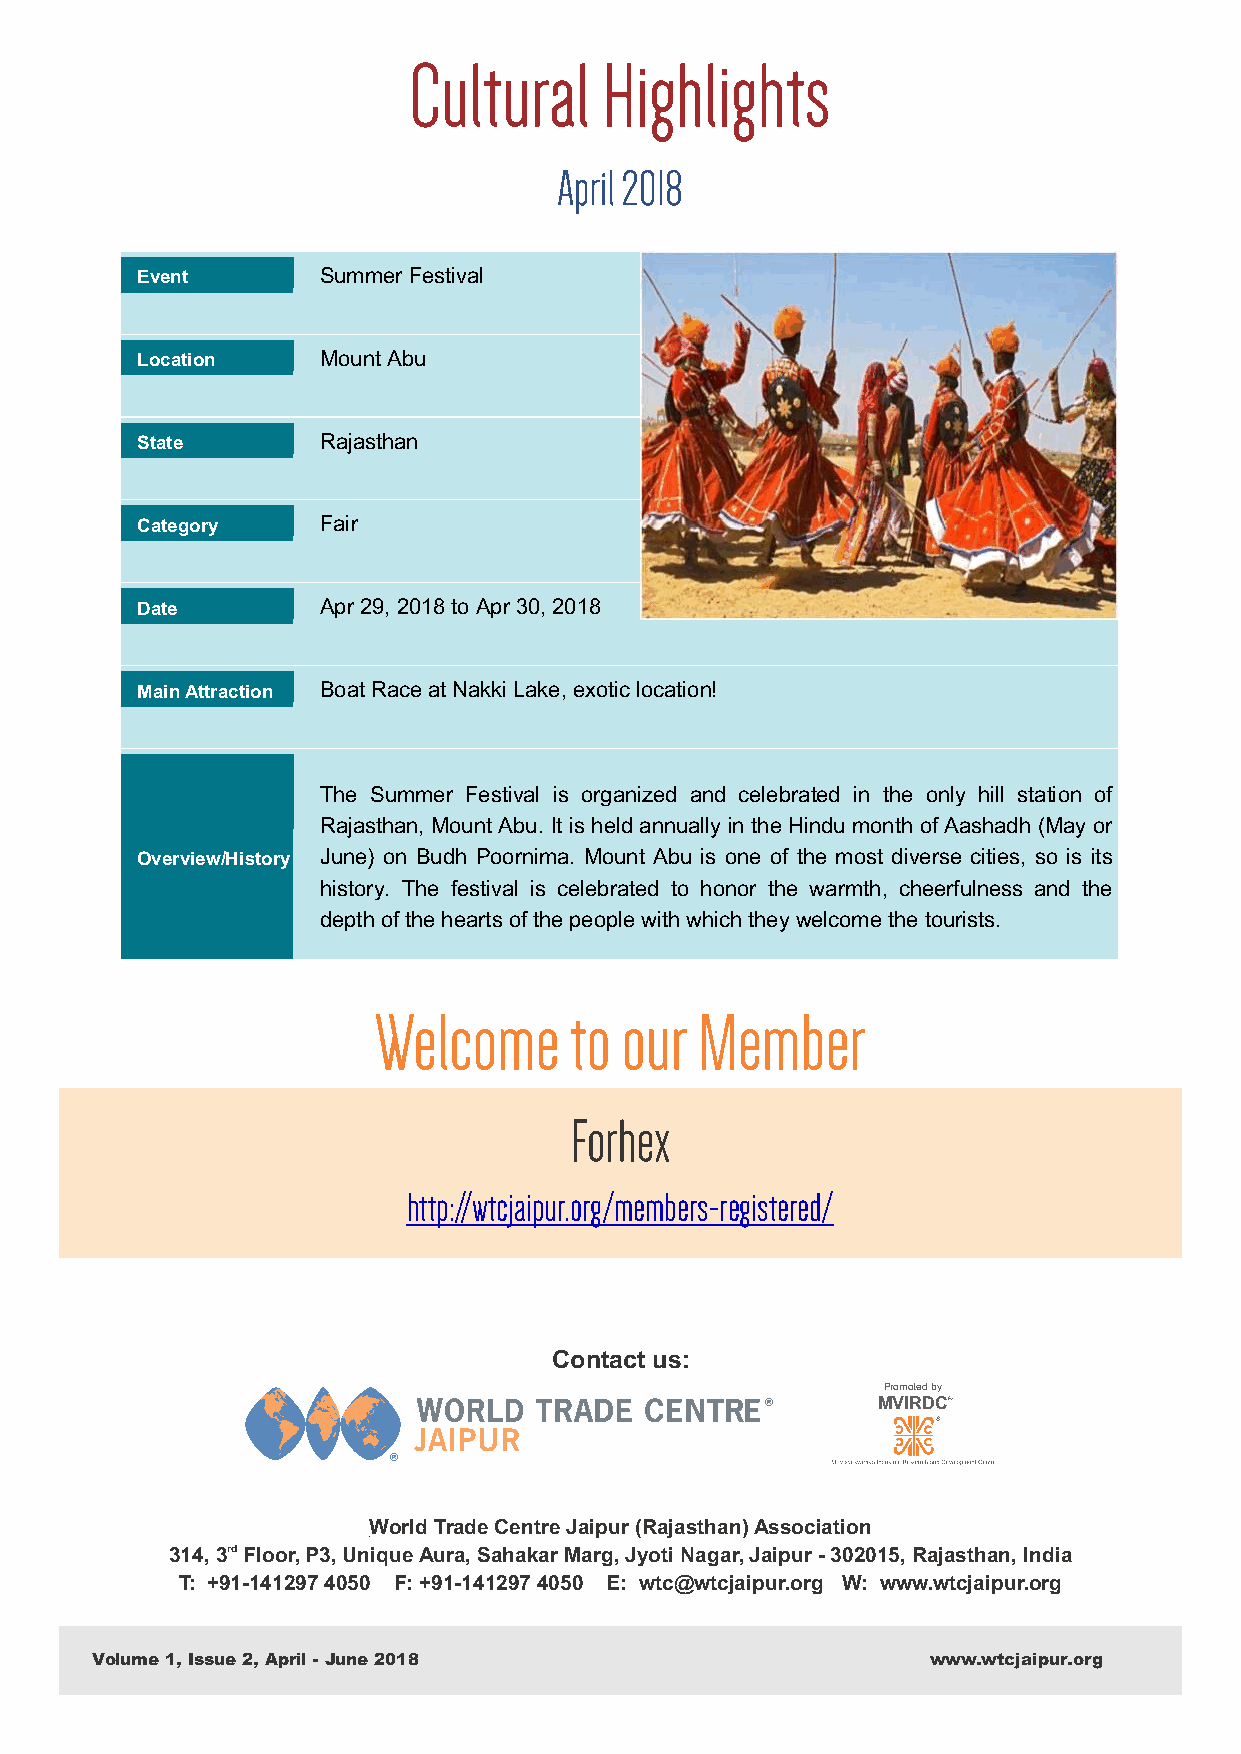
Cultural     Highlights
 April 2018
 Event       Summer Festival
 Location    Mount Abu
 State       Rajasthan
 Category    Fair
 Date        Apr 29, 2018 to Apr 30, 2018
 Main Attraction Boat Race at Nakki Lake, exotic location!
 The Summer Festival is organized and celebrated in the only hill station of
 Rajasthan, Mount Abu. It is held annually in the Hindu month of Aashadh (May or
 Overview/History June) on Budh Poornima. Mount Abu is one of the most diverse cities, so is its
 history. The festival is celebrated to honor the warmth, cheerfulness and the
 depth of the hearts of the people with which they welcome the tourists.
 Welcome      to our  Member
 Forhex
 http://wtcjaipur.org/members-registered/
 Contact us:
 Promoted by
 MVIRDC
 JAIPUR
 World Trade Centre Jaipur (Rajasthan) Association
 314, 3rd Floor, P3, Unique Aura, Sahakar Marg, Jyoti Nagar, Jaipur - 302015, Rajasthan, India
 T: +91-141297 4050 F: +91-141297 4050 E: wtc@wtcjaipur.org W: www.wtcjaipur.org
 Volume 1, Issue 2, April - June 2018                    www.wtcjaipur.org